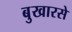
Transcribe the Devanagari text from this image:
बुखारसे